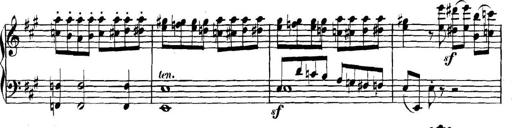
Title: Collected Piano Sonatas
Composer: Muzio Clementi